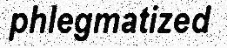
phlegmatized